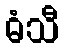
ဓံသီ